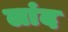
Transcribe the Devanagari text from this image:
लांद